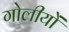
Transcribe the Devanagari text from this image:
गोलीयों